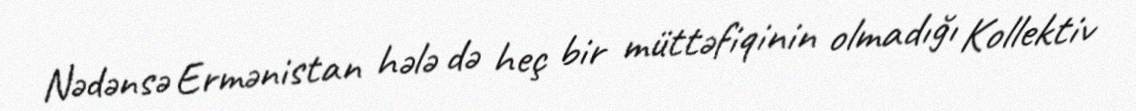
Nədənsə Ermənistan hələ də heç bir müttəfiqinin olmadığı Kollektiv